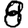
Digit: 8